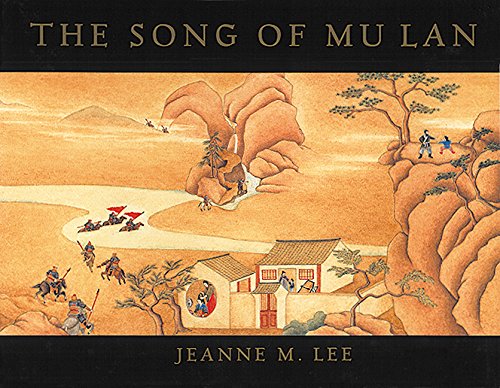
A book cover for The Song of Mu Lan; Jeanne M. Lee; Children's Books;